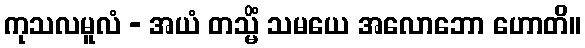
ကုသလမူလံ - အယံ တသ္မိံ သမယေ အလောဘော ဟောတိ။